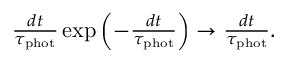
\begin{array} { r } { \frac { d t } { \tau _ { \mathrm { p h o t } } } \exp \left( - \frac { d t } { \tau _ { \mathrm { p h o t } } } \right) \rightarrow \frac { d t } { \tau _ { \mathrm { p h o t } } } . } \end{array}